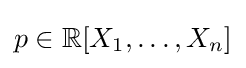
p\in \mathbb {R} [X_{1},\dots ,X_{n}]